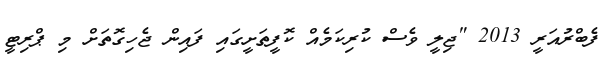
ފެބްރުއަރީ 2013 "ޖިލީ ވެސް ކުރިކަމެއް ކޮފީތަށީގައި ފައިން ޖެހިގޮތަށް މި ޕްރިޓީ